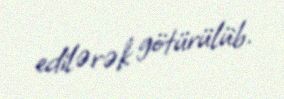
edilərək götürülüb.